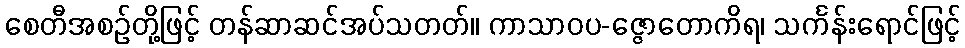
စေတီအစဉ်တို့ဖြင့် တန်ဆာဆင်အပ်သတတ်။ ကာသာဝပ-ဇ္ဇောတောကိရ၊ သင်္ကန်းရောင်ဖြင့်